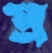
প্র